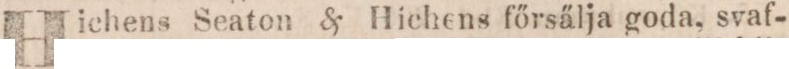
Hichens Seaton & Hichens főrsälja goda, svaf-